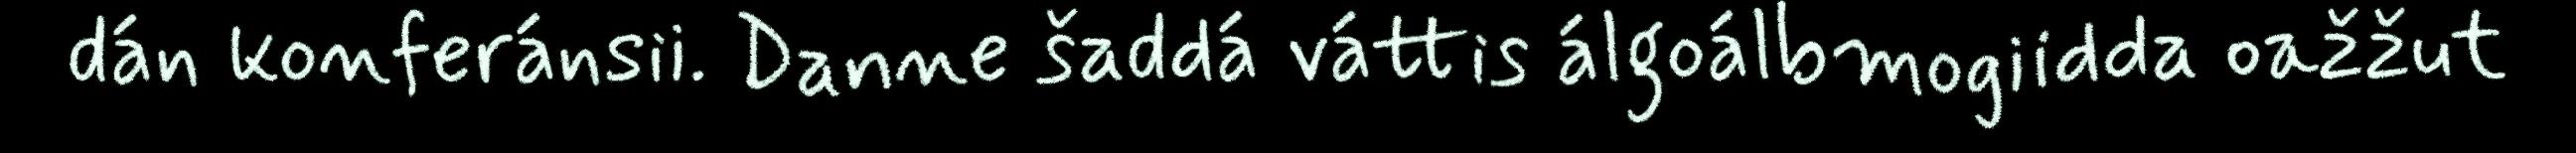
dán konferánsii. Danne šaddá váttis álgoálbmogiidda oažžut